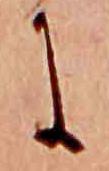
に